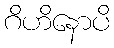
ဂိဟိနောပိ